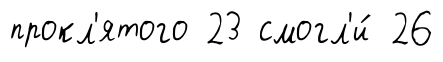
прокл'ятого 23 смогл'и́ 26